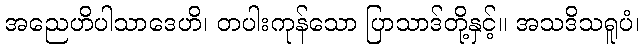
အညေဟိပါသာဒေဟိ၊ တပါးကုန်သော ပြာသာဒ်တို့နှင့်။ အသဒိသရူပံ၊